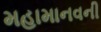
મહામાનવની